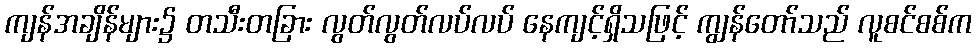
ကျန်အချိန်များ၌ တသီးတခြား လွတ်လွတ်လပ်လပ် နေကျင့်ရှိသဖြင့် ကျွန်တော်သည် လူစင်စစ်က